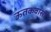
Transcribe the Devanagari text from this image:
ऊतकवासी